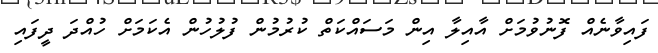
ފައިވާނެއް ފޮނުވުމަށް އާއިލާ އިން މަސައްކަތް ކުރުމުން ފުލުހުން އެކަމަށް ހުއްދަ ދީފައި